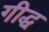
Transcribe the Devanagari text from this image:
गीद्ध